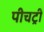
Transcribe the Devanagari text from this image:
पीचट्री